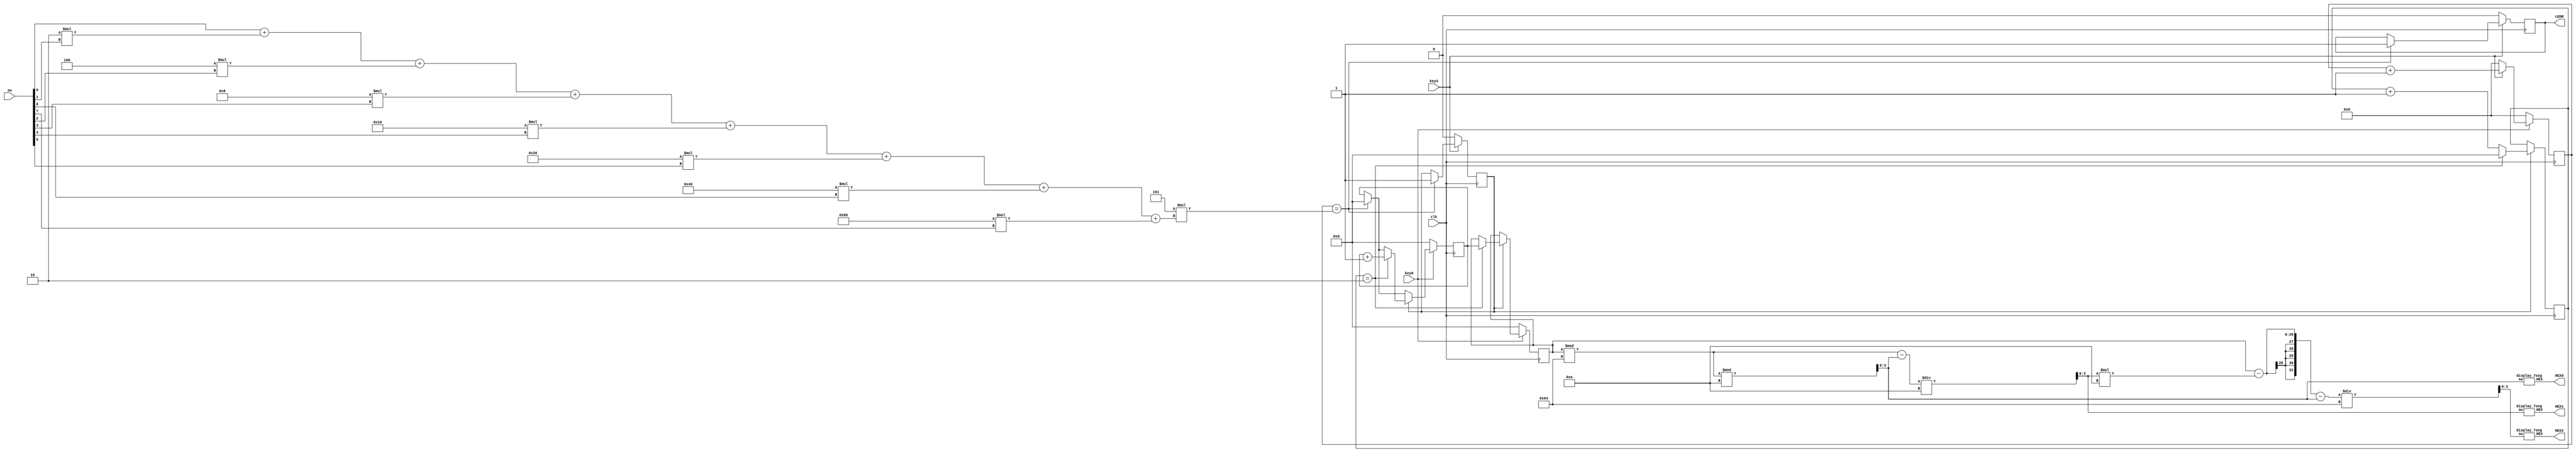
module L7part3(key0,key3,clk,sw,LEDR,HEX0,HEX1,HEX2);
 
	input clk,key0,key3; //reset
	input [7:0]sw;
	
	output reg LEDR; //LEDR0
	output [0:6] HEX0,HEX1,HEX2;
	
	wire [7:0]elapsed;
	assign elapsed	= sw[0] + 2*sw[1] + 4*sw[2] + 8*sw[3] + 16*sw[4] + 32*sw[5] + 64*sw[6] + 128*sw[7];
	reg [25:0]t;
	reg [29:0]cnt;
	reg [25:0]cnt2;
	reg [25:0]store;
	reg Isstart;
	wire [3:0]hundreds,tens,ones;
	
	initial begin
	
		t = 0;
		cnt = 0;
		cnt2 = 0;
		store = 0;
		Isstart = 0;
		LEDR = 0;
	
	end
	
	always @(posedge clk) begin
	
		cnt <= cnt + 1;
		
		if(cnt == 5 * elapsed) begin
		
			LEDR <= 1;
			t <= 0;
			Isstart <= 1;
			
		end
		
		if(Isstart == 1) begin
		
			cnt2 <= cnt2 + 1;
			
			if(cnt2 == 2) begin //0.01 second
				t <= t + 1;
				store <= t;
				cnt2 <= 0;
			end
			
		end
		
		if(key3 ==0) begin
			LEDR <= 0;
			Isstart <= 0;
			cnt <= 0;
		end
		
		if(key0 == 0) begin
			cnt <= 0;
			store <= 0;
			t <=0;
			cnt <=0;
		end
			
	end

	assign ones = (store % 100) % 10;
	assign tens = ((store % 100) - ones) / 10;
	assign hundreds = (store - tens * 10 - ones) / 100;
	
	display_7seg d2(hundreds,HEX2);
	display_7seg d1(tens,HEX1);
	display_7seg d0(ones,HEX0);
	
endmodule

module display_7seg(sw,HEX);

	input[3:0] sw;
	output [0:6]HEX;
	
	assign HEX = (sw == 4'b0000) ? 7'b0000001: //0
					 (sw == 4'b0001) ? 7'b1001111: //1
					 (sw == 4'b0010) ? 7'b0010010: //2
					 (sw == 4'b0011) ? 7'b0000110: //3
					 (sw == 4'b0100) ? 7'b1001100: //4
					 (sw == 4'b0101) ? 7'b0100100: //5
					 (sw == 4'b0110) ? 7'b0100000: //6
					 (sw == 4'b0111) ? 7'b0001101: //7
					 (sw == 4'b1000) ? 7'b0000000: //8
					 (sw == 4'b1001) ? 7'b0000100: //9
											 7'b1111111;
	
endmodule